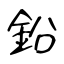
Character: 鉛